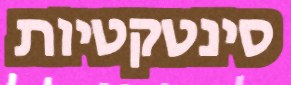
סינטקטיות